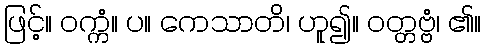
ဖြင့်။ ဝက္ကံ။ ပ။ ကေသာတိ၊ ဟူ၍။ ဝတ္တဗ္ဗံ၊ ၏။